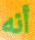
أنه